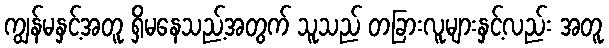
ကျွန်မနှင့်အတူ ရှိမနေသည့်အတွက် သူသည် တခြားလူများနှင့်လည်း အတူ